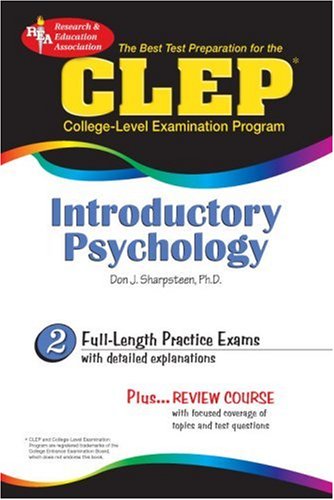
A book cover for CLEP Introductory Psychology (REA) - The Best Test Prep for the CLEP (CLEP Test Preparation); Don J. Sharpsteen Ph.D.; Test Preparation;